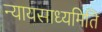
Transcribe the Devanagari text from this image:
न्यायसाध्यमिति